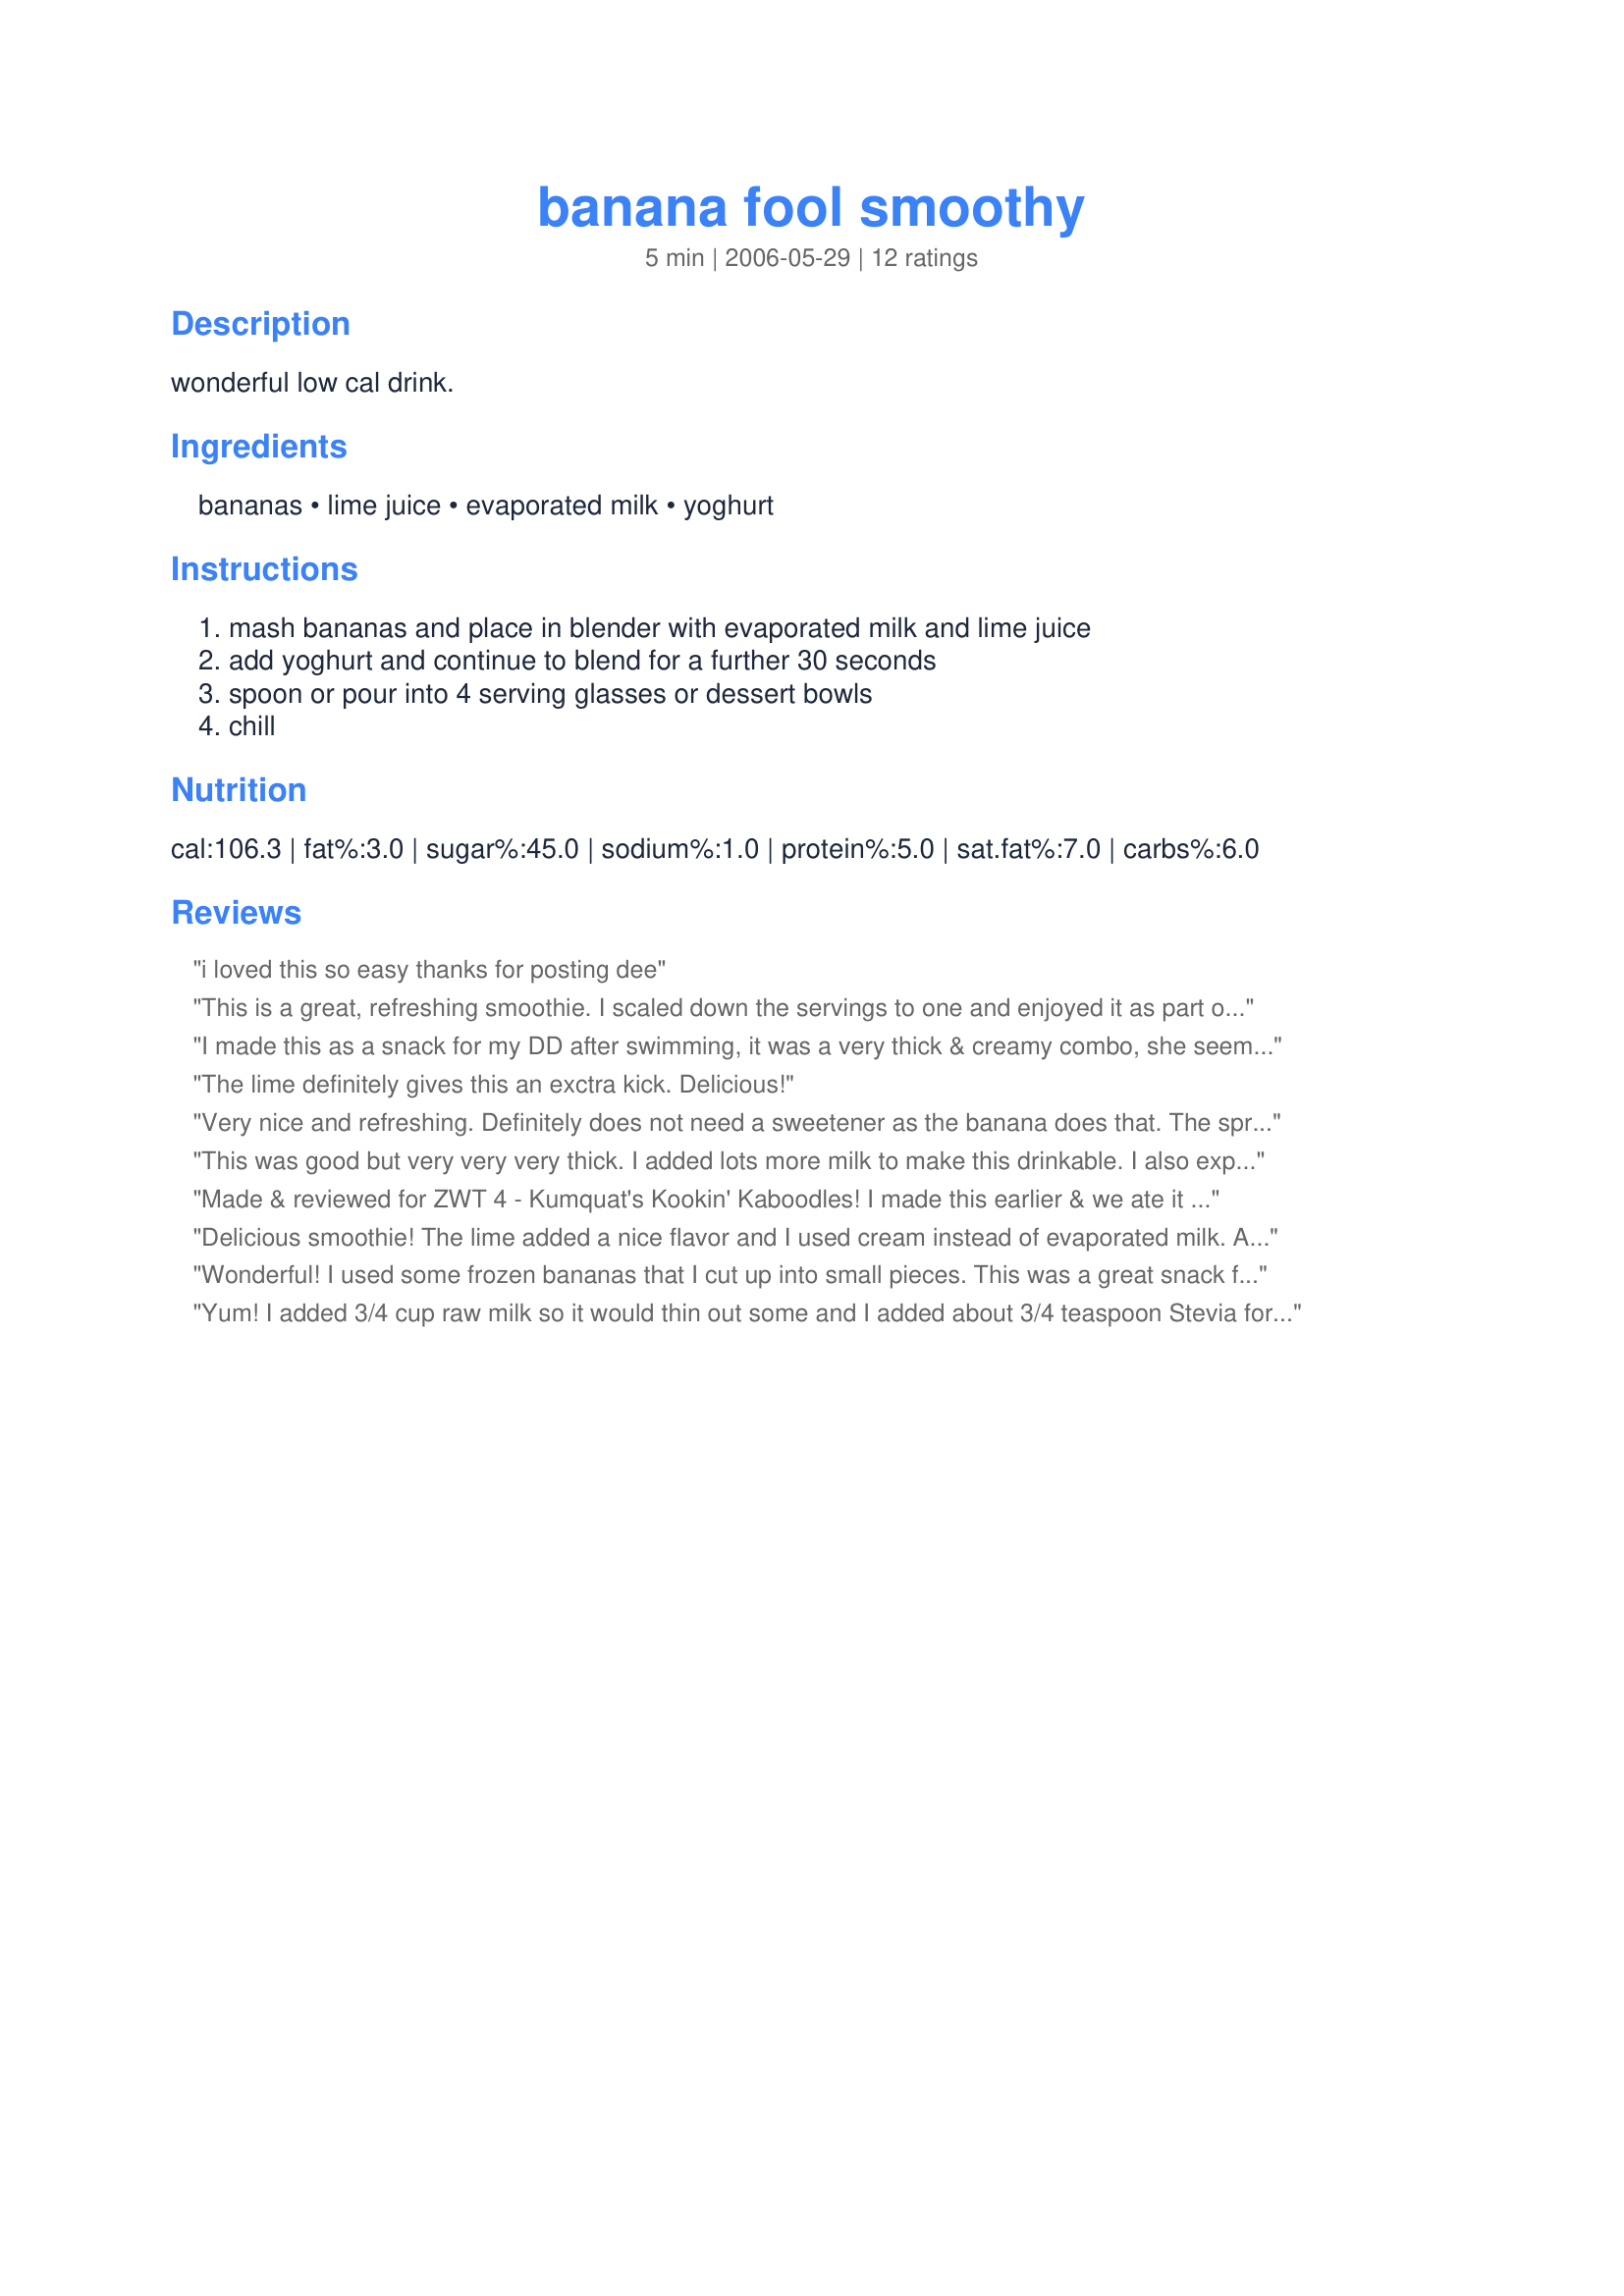
banana fool smoothy
Preparation time: 5 minutes

wonderful low cal drink.

Ingredients:
bananas, lime juice, evaporated milk, yoghurt

Steps:
mash bananas and place in blender with evaporated milk and lime juice, add yoghurt and continue to blend for a further 30 seconds, spoon or pour into 4 serving glasses or dessert bowls, chill

Reviews:
 i loved this so easy thanks for posting dee
This is a great, refreshing smoothie. I scaled down the servings to one and enjoyed it as part of my breakfast. I used non fat sugar free vanilla yogurt. The smoothie turned out a little too thick, so I added a couple more tbsp of yogurt. What an intersting but yummy flavour combo!
I made this as a snack for my DD after swimming, it was a very thick & creamy combo, she seemed to love it, I did add a bit extra milk though so it was easier for her to drink, she even let me have a little taste but just a little one. Made for ZWT III.
The lime definitely gives this an exctra kick. Delicious!
Very nice and refreshing. Definitely does not need a sweetener as the banana does that. The spritz of lime is very nice. Used regular milk rather than evaporated.
This was good but very very very thick. I added lots more milk to make this drinkable. I also expected more of a lime taste. This was well recived by my kids who are both banana freaks.
Made & reviewed for ZWT 4 - Kumquat's Kookin' Kaboodles! I made this earlier & we ate it as a dessert with a little dusting of cocoa powder & some chopped peanuts & almonds. We really loved this & with a little ice & milk it will make a fab shake / smoothie :)
Delicious smoothie! The lime added a nice flavor and I used cream instead of evaporated milk. A big hit with my kids.
Wonderful! I used some frozen bananas that I cut up into small pieces. This was a great snack for the afternoon! Thanks for posting!
Yum! I added 3/4 cup raw milk so it would thin out some and I added about 3/4 teaspoon Stevia for a sweeter taste. Thanks!
My first recipe for the 2006 Zaar World Tour. I really enjoyed the combination of lime and banana in this simple treat. I even think a little lime zest would have really made the flavor perfect. My challenge in this one was the consistency. Even after chilling, it remained rather soupy -- much more like a drink than a dessert. Thinking it would have worked a bit better had I used a strained yogurt or not blended the bananas quite so much. Will certainly experiment in the future as the flavor makes it a worthwhile effort. Thanks Sage.
Easy to make and so refreshing. I like the idea of no additional sweetness. And the flavour of the lime is great in this smoothie. I added some lime pieces to the smoothie for an additional sour touch. The consistency was between to drink and to spoon. If you like it to drink add some more milk, if you like it to spoon you could leave out the milk. Thanks for sharing.
